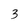
Character: 3